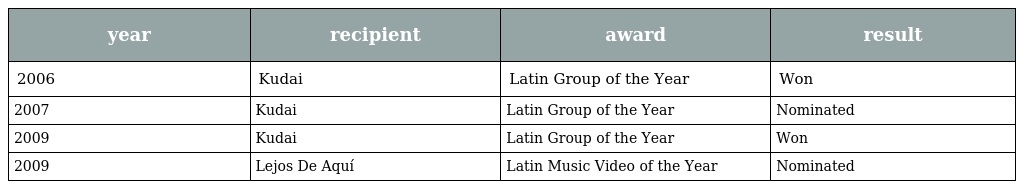
| year | recipient | award | result |
 | --- | --- | --- | --- |
 | 2006 | Kudai | Latin Group of the Year | Won |
 | 2007 | Kudai | Latin Group of the Year | Nominated |
 | 2009 | Kudai | Latin Group of the Year | Won |
 | 2009 | Lejos De Aquí | Latin Music Video of the Year | Nominated |